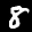
Label: 8